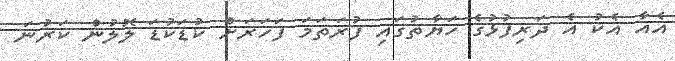
އެއާ އެކު އެ ދަރިފުޅުގެ ހަޔާތުގައި ފުރަތަމަ ފަހަރަށް ކުޑަކުޑަ ލޮލުން ކަރުނަ